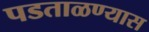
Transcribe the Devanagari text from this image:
पडताळण्यास